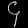
Digit: ၄